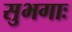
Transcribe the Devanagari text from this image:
सुभगाः